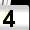
Digit: 4